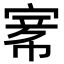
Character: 𡩅